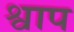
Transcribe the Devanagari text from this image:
श्वाप